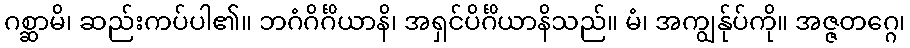
ဂစ္ဆာမိ၊ ဆည်းကပ်ပါ၏။ ဘဂံဂိင်္ဂိယာနိ၊ အရှင်ပိင်္ဂိယာနိသည်။ မံ၊ အကျွန်ုပ်ကို။ အဇ္ဇတဂ္ဂေ၊